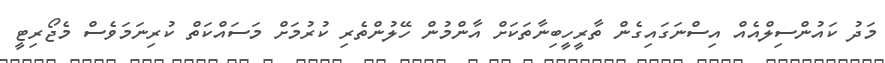
މަދު ކައުންސިލްއެއް އިސްނަގައިގެން ތާރީހީބިނާތަކަށް އާންމުން ހޭލުންތެރި ކުރުމަށް މަސައްކަތް ކުރިނަމަވެސް މެޖޯރިޓީ